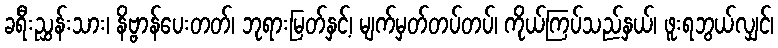
ခရီးညွှန်းသား၊ နိဗ္ဗာန်ပေးတတ်၊ ဘုရားမြတ်နှင့်၊ မျက်မှတ်တပ်တပ်၊ ကိုယ်ကြပ်သည်နှယ်၊ ဖူးရဘွယ်လျှင်၊